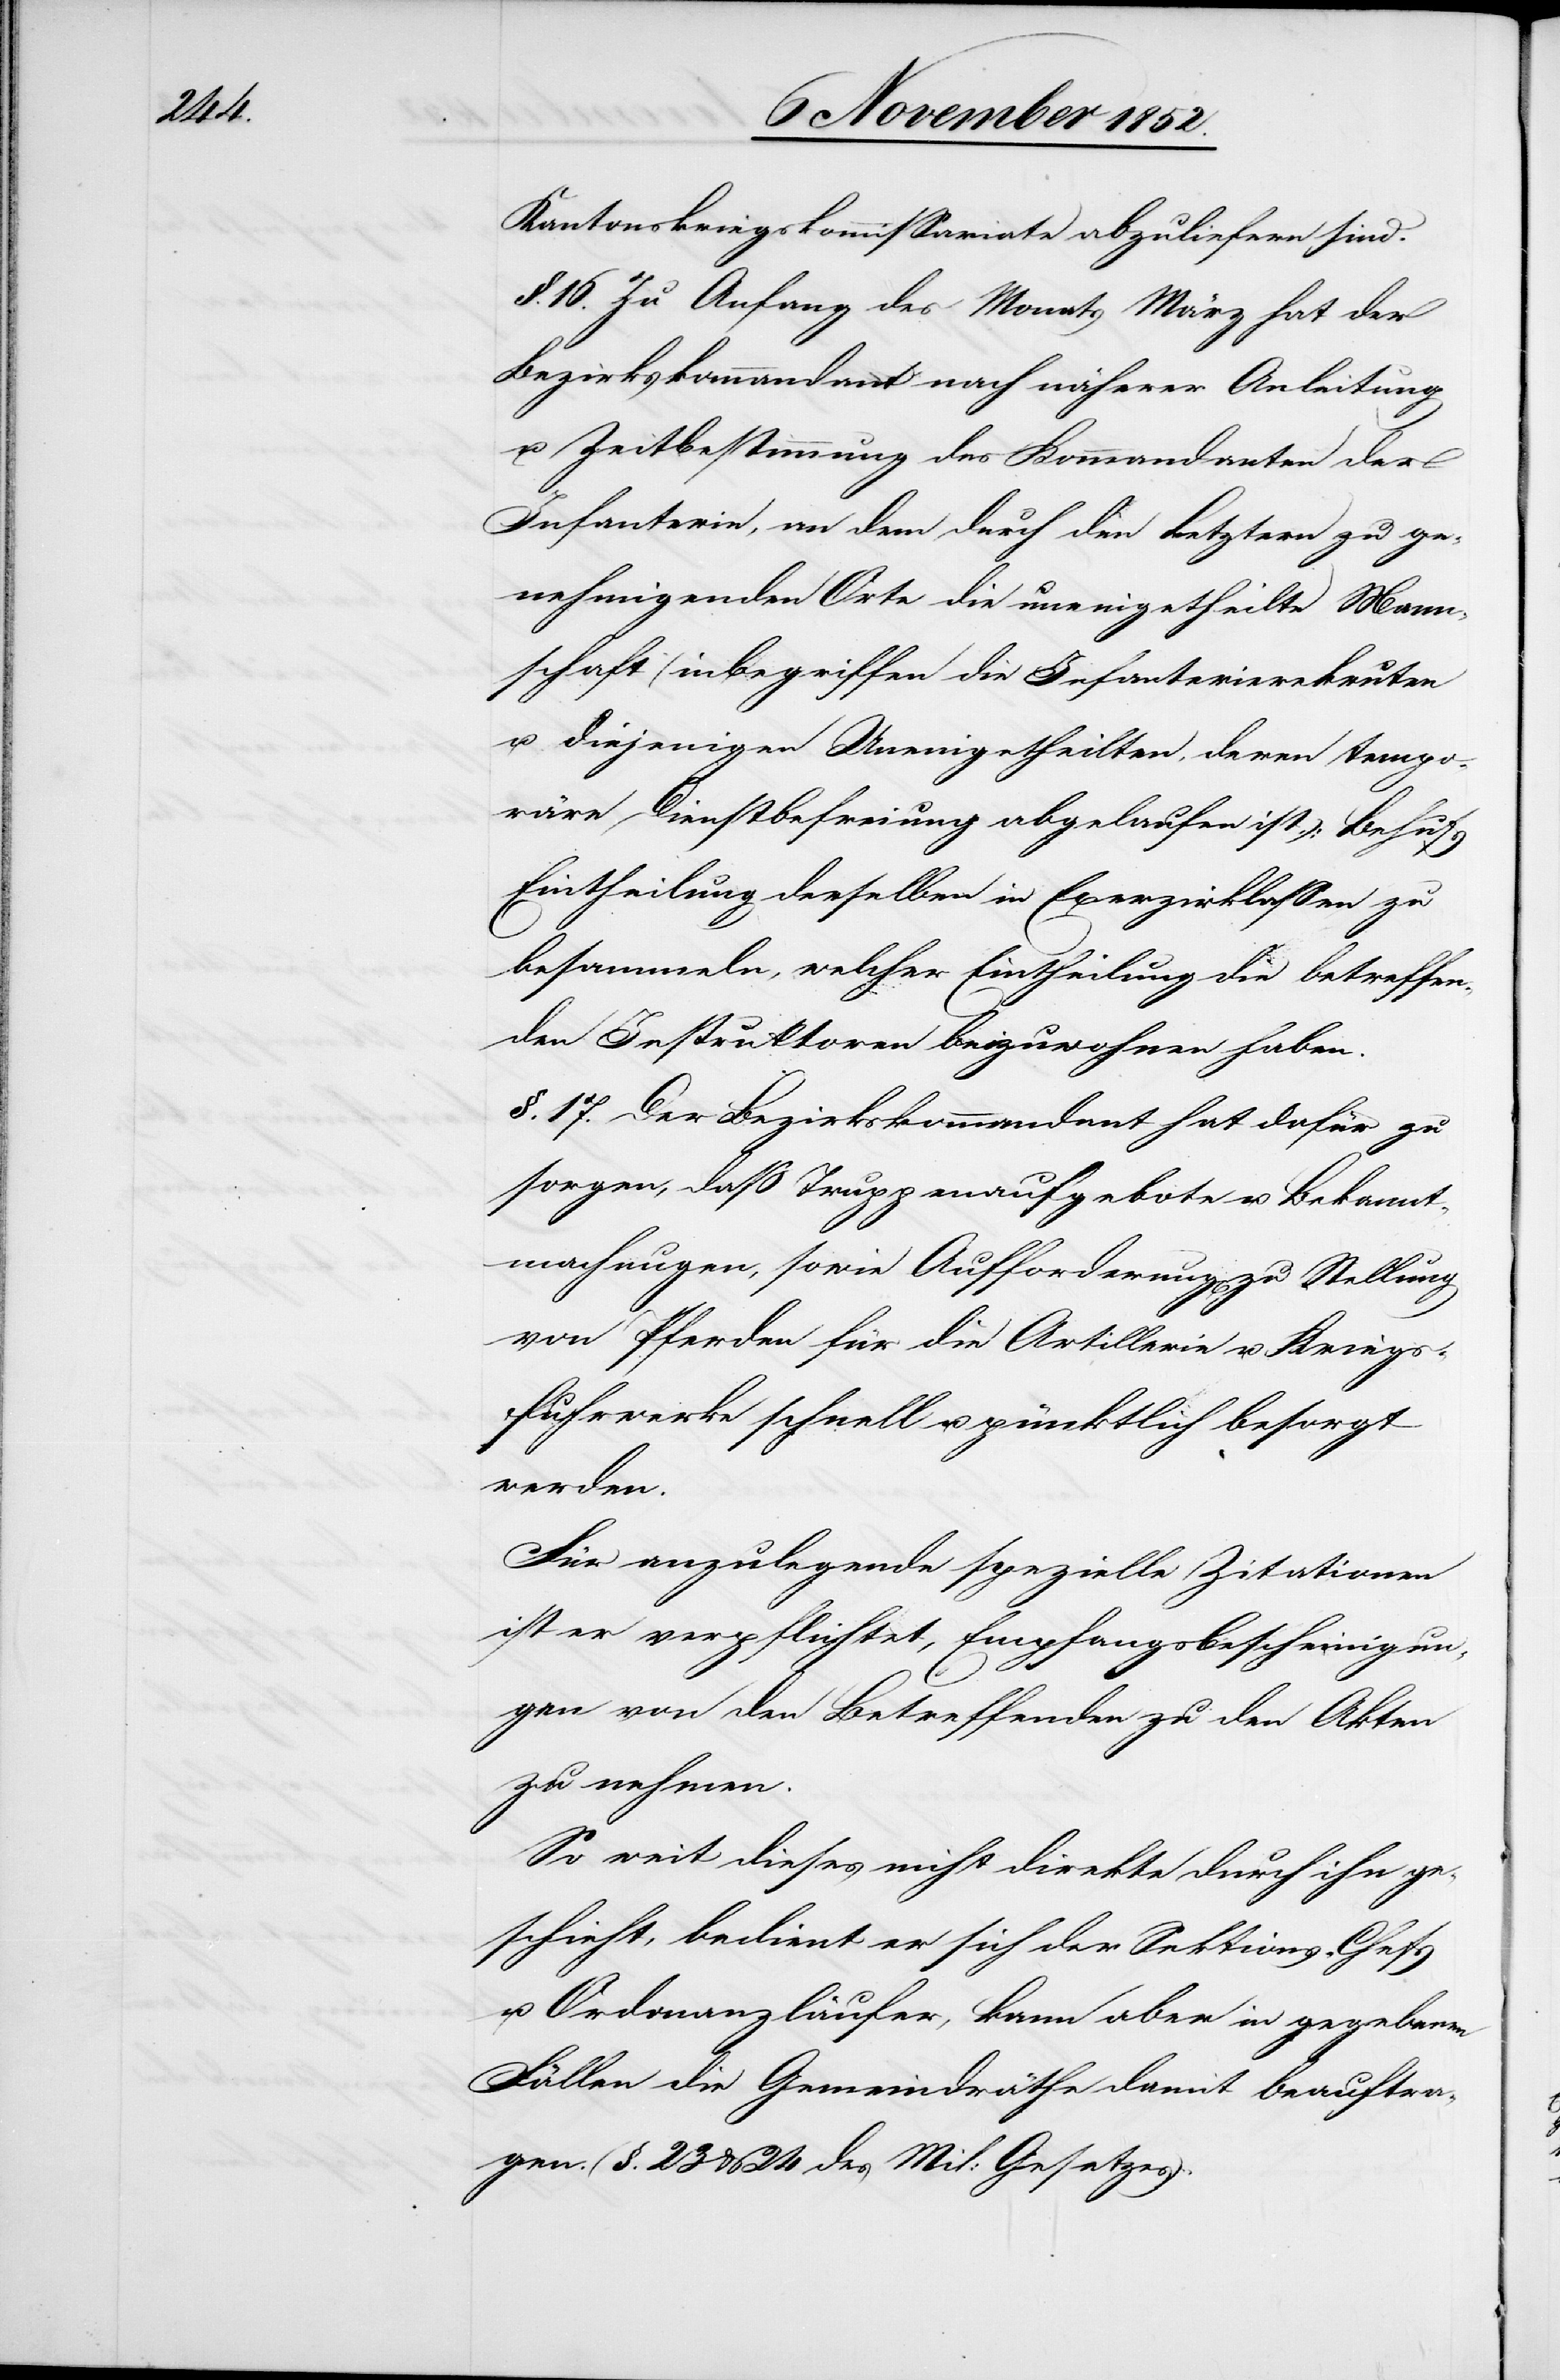
Kantonskriegskommissariate abzuliefern sind.
§. 16. Zu Anfang des Monats März hat der
Bezirkskommandant nach näherer Anleitung
u. Zeitbestimmung des Kommandanten der
Infanterie, an dem durch den Letztern zu ge¬
nehmigenden Orte die uneingetheilte Mann¬
schaft (inbegriffen die Infanterierekruten
u. diejenigen Uneingetheilten, deren tempo¬
räre Dienstbefreiung abgelaufen ist); Behufs
Eintheilung derselben in Exerzirklassen zu
besammeln, welcher Eintheilung die betreffen¬
den Instruktoren beizuwohnen haben.
§. 17. Der Bezirkskommandant hat dafür zu
sorgen, daß Truppenaufgebote u. Bekannt¬
machungen, sowie Aufforderung[en] zu Stellung
von Pferden für die Artillerie u. Kriegs¬
fuhrwerke schnell u. pünktlich besorgt
werden.
Für anzulegende spezielle Zitationen
ist er verpflichtet, Empfangsbescheinigun¬
gen von den Betreffenden zu den Akten
zu nehmen.
So weit dieses nicht direkte durch ihn ge¬
schieht, bedient er sich der Sektions-Chefs
u. Ordonanzläufer, kann aber in gegebenen
Fällen die Gemeindräthe damit beauftra¬
gen. (§. 23 & 24 des Mil: Gesetzes).